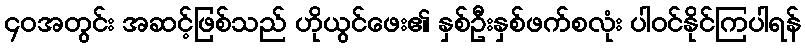
၄၀အတွင်း အဆင့်ဖြစ်သည် ဟိုယွင်ဖေး၏ နှစ်ဦးနှစ်ဖက်စလုံး ပါဝင်နိုင်ကြပါရန်